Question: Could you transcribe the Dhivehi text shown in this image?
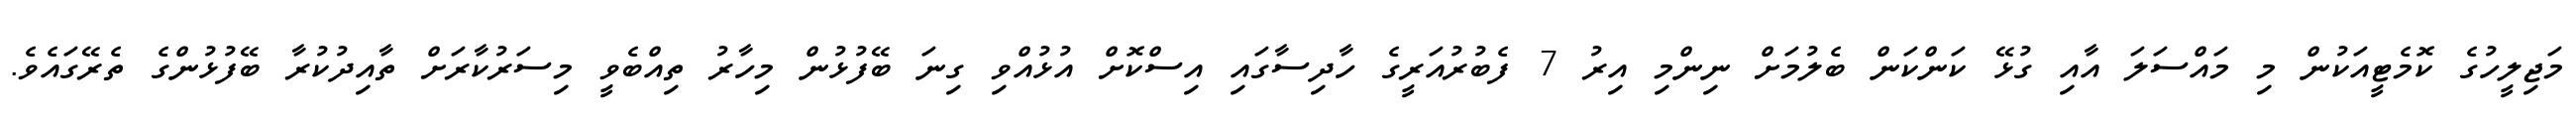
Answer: މަޖިލީހުގެ ކޮމެޓީއަކުން މި މައްސަލަ އާއި ގުޅޭ ކަންކަން ބެލުމަށް ނިންމި އިރު 7 ފެބުރުއަރީގެ ހާދިސާގައި އިސްކޮށް އުޅުއްވި ގިނަ ބޭފުޅުން މިހާރު ތިއްބެވީ މިސަރުކާރަށް ތާއިދުކުރާ ބޭފުޅުންގެ ތެރޭގައެވެ.